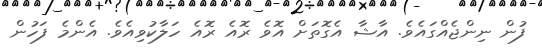
ފުން ނިންޖެއްގައެވެ. އާޝާ އެގޮތަށް އޮވެ ރޮއެ ރޮއެ ހަލާކުވިއެވެ. އެންމެ ފަހުން